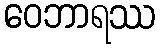
ဝေဘာရဿ